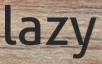
lazy